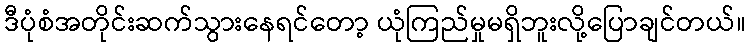
ဒီပုံစံအတိုင်းဆက်သွားနေရင်တော့ ယုံကြည်မှုမရှိဘူးလို့ပြောချင်တယ်။